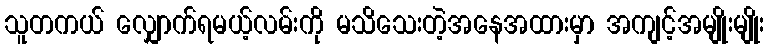
သူတကယ် လျှောက်ရမယ့်လမ်းကို မသိသေးတဲ့အနေအထားမှာ အကျင့်အမျိုးမျိုး